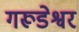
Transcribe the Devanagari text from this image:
गरूडेश्वर